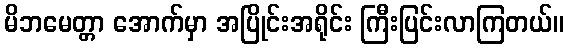
မိဘမေတ္တာ အောက်မှာ အပြိုင်းအရိုင်း ကြီးပြင်းလာကြတယ်။